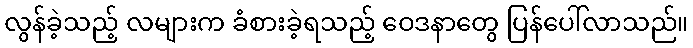
လွန်ခဲ့သည့် လများက ခံစားခဲ့ရသည့် ဝေဒနာတွေ ပြန်ပေါ်လာသည်။